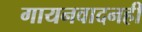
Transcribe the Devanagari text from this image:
गायनवादनही